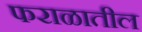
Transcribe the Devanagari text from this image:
फराळातील